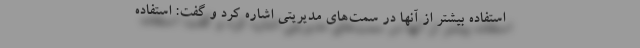
استفاده بیشتر از آنها در سمت‌های مدیریتی اشاره کرد و گفت: استفاده